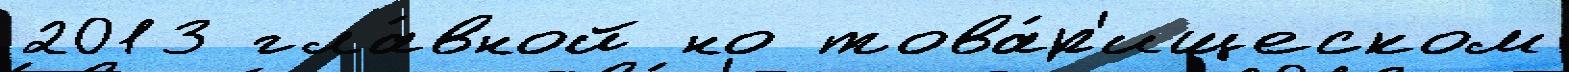
2013 гла́вной но това́р'ищеском